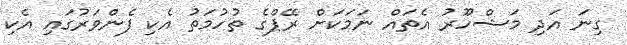
ގިނަ އަދި މަޝްހޫރު އެތައް ނަމަކަށް ރޭޕްގެ ތުހުމަތު އެކި ފެންވަރުގައި އެކި